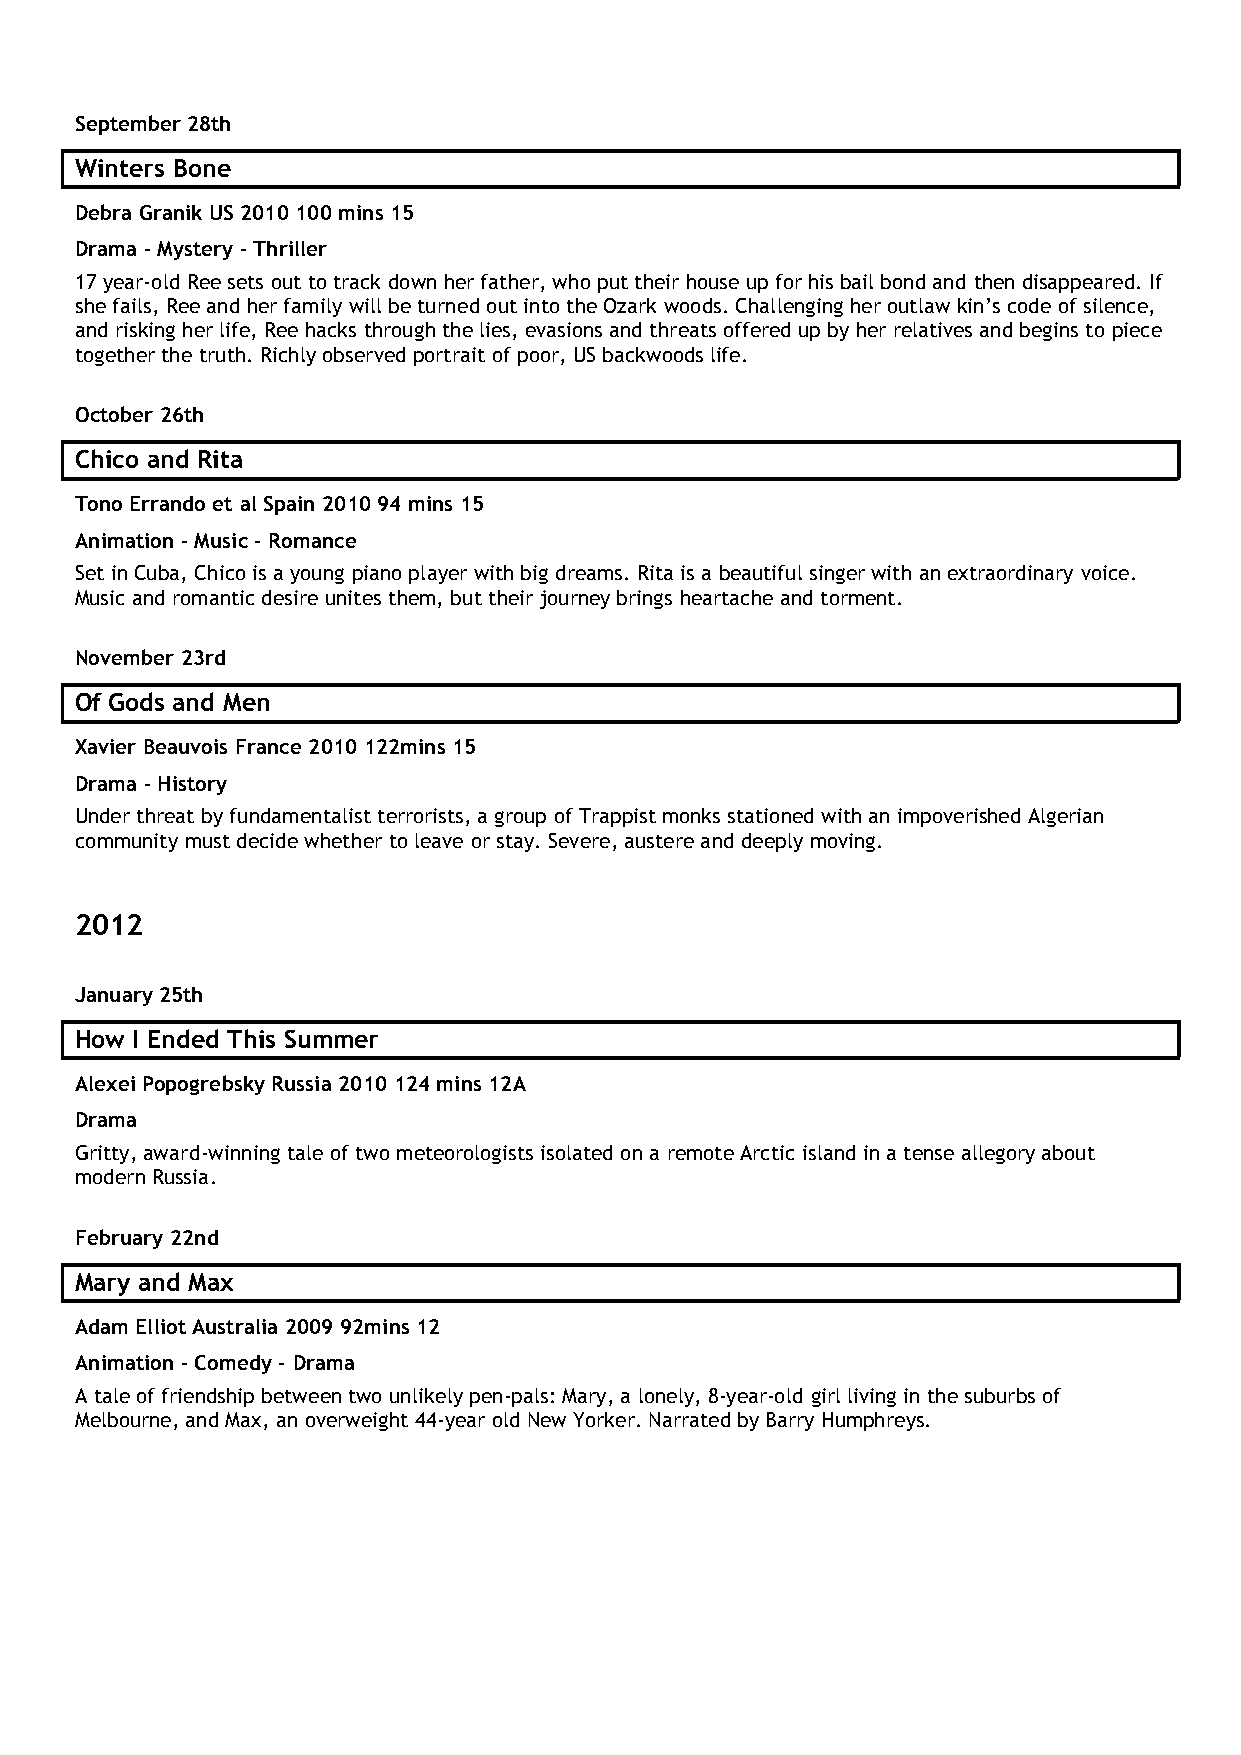
September 28th
 Winters Bone
 Debra Granik US 2010 100 mins 15
 Drama - Mystery - Thriller
 17 year-old Ree sets out to track down her father, who put their house up for his bail bond and then disappeared. If
 she fails, Ree and her family will be turned out into the Ozark woods. Challenging her outlaw kin’s code of silence,
 and risking her life, Ree hacks through the lies, evasions and threats offered up by her relatives and begins to piece
 together the truth. Richly observed portrait of poor, US backwoods life.
 October 26th
 Chico and Rita
 Tono Errando et al Spain 2010 94 mins 15
 Animation - Music - Romance
 Set in Cuba, Chico is a young piano player with big dreams. Rita is a beautiful singer with an extraordinary voice.
 Music and romantic desire unites them, but their journey brings heartache and torment.
 November 23rd
 Of Gods and Men
 Xavier Beauvois France 2010 122mins 15
 Drama - History
 Under threat by fundamentalist terrorists, a group of Trappist monks stationed with an impoverished Algerian
 community must decide whether to leave or stay. Severe, austere and deeply moving.
 2012
 January 25th
 How I Ended This Summer
 Alexei Popogrebsky Russia 2010 124 mins 12A
 Drama
 Gritty, award-winning tale of two meteorologists isolated on a remote Arctic island in a tense allegory about
 modern Russia.
 February 22nd
 Mary and Max
 Adam Elliot Australia 2009 92mins 12
 Animation - Comedy - Drama
 A tale of friendship between two unlikely pen-pals: Mary, a lonely, 8-year-old girl living in the suburbs of
 Melbourne, and Max, an overweight 44-year old New Yorker. Narrated by Barry Humphreys.